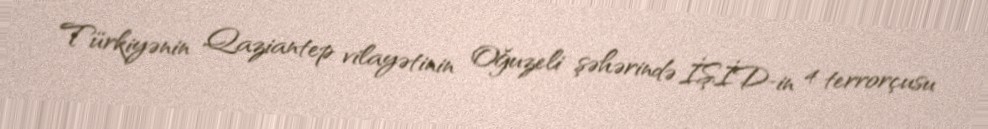
Türkiyənin Qaziantep vilayətinin Oğuzeli şəhərində İŞİD-in 4 terrorçusu